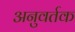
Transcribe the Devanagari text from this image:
अनुवर्तक